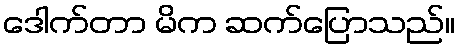
ဒေါက်တာ မိက ဆက်ပြောသည်။